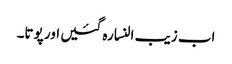
اب زیب النسا رہ گئیں اور پوتا۔